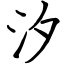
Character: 汐